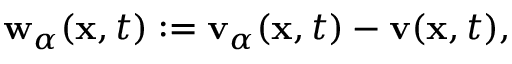
\begin{array} { r } { \mathbf { w } _ { \alpha } ( \mathbf { x } , t ) : = \mathbf { v } _ { \alpha } ( \mathbf { x } , t ) - \mathbf { v } ( \mathbf { x } , t ) , } \end{array}